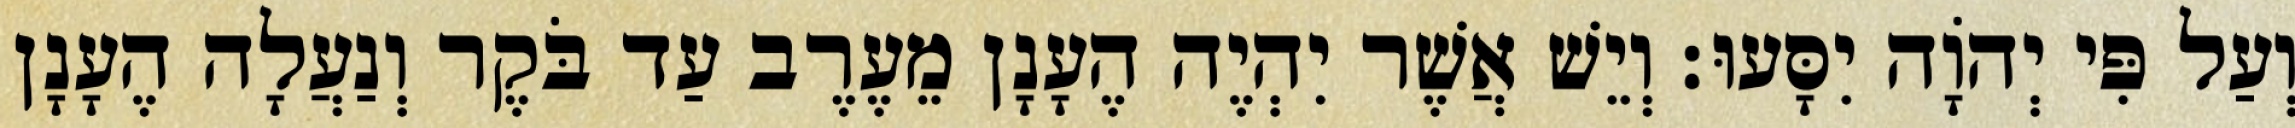
וְעַל פִּי יְהוָֹה יִסָּעוּ׃ וְיֵשׁ אֲשֶׁר יִהְיֶה הֶעָנָן מֵעֶרֶב עַד בֹּקֶר וְנַעֲלָה הֶעָנָן